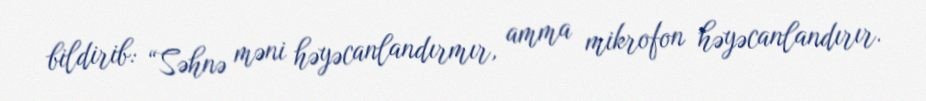
bildirib: “Səhnə məni həyəcanlandırmır, amma mikrofon həyəcanlandırır.